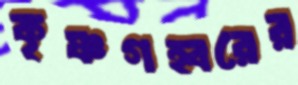
কৃষ্ণগহ্বরের